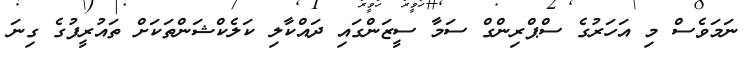
ނަމަވެސް މި އަހަރުގެ ސްޕްރިންގް ސަމާ ސީޒަންގައި ދައްކާލި ކަލެކްޝަންތަކަށް ތައުރީފުގެ ގިނަ